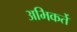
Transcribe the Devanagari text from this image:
अभिकर्ते